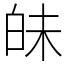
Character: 𤽜